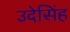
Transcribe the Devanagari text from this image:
उदेसिंह